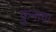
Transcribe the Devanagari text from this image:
कुनाचा